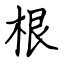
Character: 根